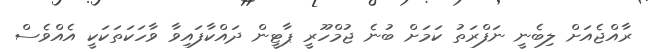
ރާއްޖެއަށް ލިބެނީ ނަފްރަތު ކަމަށް ބުނެ ޖުމްހޫރީ ޕާޓީން ދައްކާފައިވާ ވާހަކަތަކަކީ އެއްވެސް